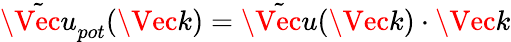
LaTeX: \tilde{\Vec{u}}_{pot}(\Vec{k})=\tilde{\Vec{u}}(\Vec{k})\cdot\Vec{k}